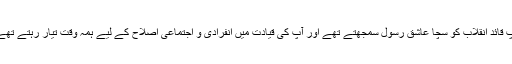
آپ قائد انقلاب کو سچا عاشق رسول سمجھتے تھے اور آپ کی قیادت میں انفرادی و اجتماعی اصلاح کے لیے ہمہ وقت تیار رہتے تھے۔